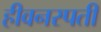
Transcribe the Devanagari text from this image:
हीवनस्पती